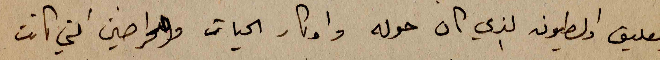
والعليق والطيون الذي كان حوله واوكار الحيات والحراضين التي كانت